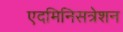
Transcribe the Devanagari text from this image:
एदमिनिसत्रेशन